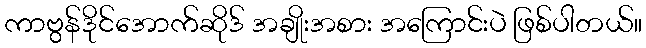
ကာဗွန်ဒိုင်အောက်ဆိုဒ် အချိုးအစား အကြောင်းပဲ ဖြစ်ပါတယ်။